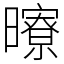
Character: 曢